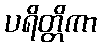
ပရိတ္တိကာ